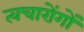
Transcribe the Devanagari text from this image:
त्वचारोंगों